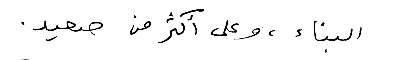
البناء ، وعلى أكثر من صعيد.